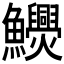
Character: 𩽬